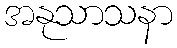
အနုသာသနာ